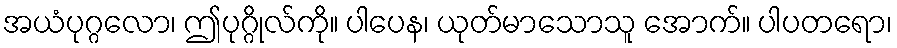
အယံပုဂ္ဂလော၊ ဤပုဂ္ဂိုလ်ကို။ ပါပေန၊ ယုတ်မာသောသူ အောက်။ ပါပတရော၊